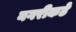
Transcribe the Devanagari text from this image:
नगरीकडे